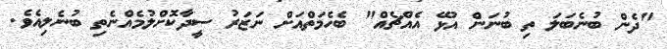
"ދެން ބުނެބަލަ ތި ބުނަން އުޅޭ އެއްޗެއް" ބެހެމަތްއަށް ނަޒަރު ސީދާކޮށްލުމެއްނެތި ބުނެލިއެވެ.